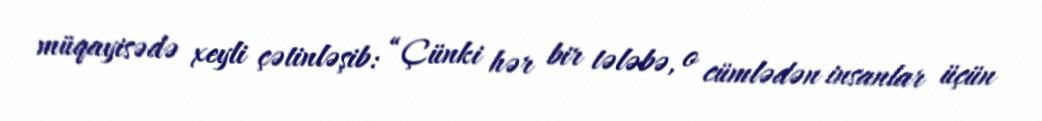
müqayisədə xeyli çətinləşib: “Çünki hər bir tələbə, o cümlədən insanlar üçün